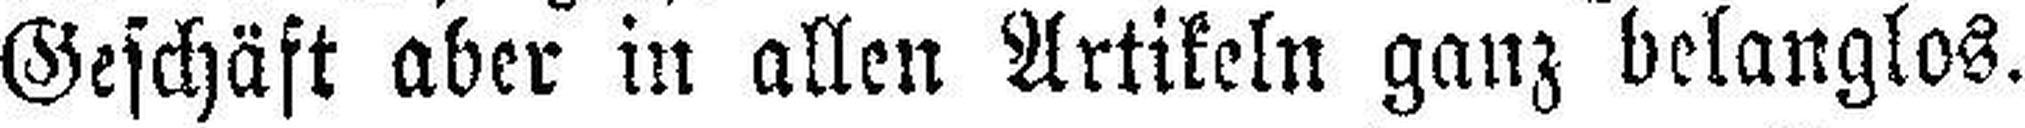
Geschäft aber in allen Artikeln ganz belanglos.